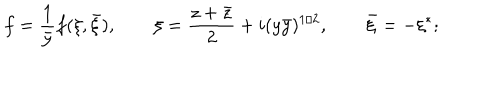
f = \frac { 1 } { \bar { y } } f ( \xi , \bar { \xi } ) , \qquad \xi = \frac { z + \bar { z } } { 2 } + i ( y \bar { y } ) ^ { 1 / 2 } , \qquad \bar { \xi } = - \xi ^ { * } ;